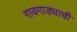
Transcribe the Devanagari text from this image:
गावगाड्याची